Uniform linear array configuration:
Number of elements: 64
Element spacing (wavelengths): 0.25
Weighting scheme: hann
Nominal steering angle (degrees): -30
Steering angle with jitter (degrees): -28.125
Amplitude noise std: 0.05
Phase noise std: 0.05

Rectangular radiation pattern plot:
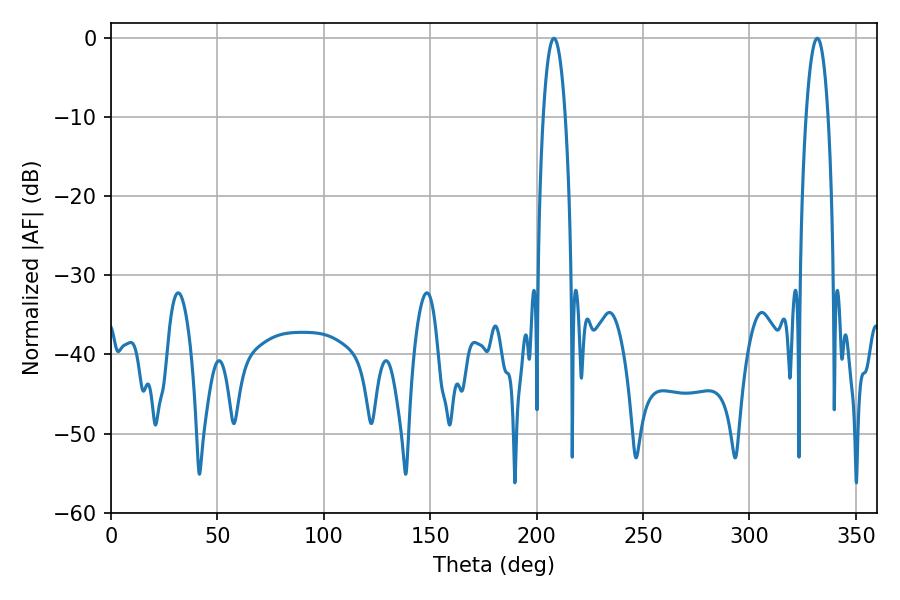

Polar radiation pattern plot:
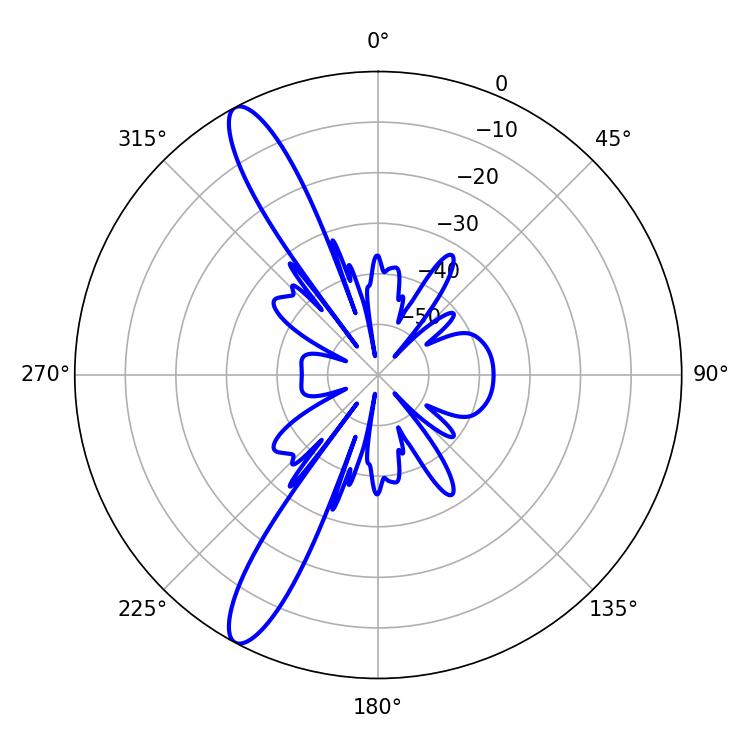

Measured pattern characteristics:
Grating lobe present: FALSE
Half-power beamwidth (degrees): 5.76
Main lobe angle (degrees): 208.08